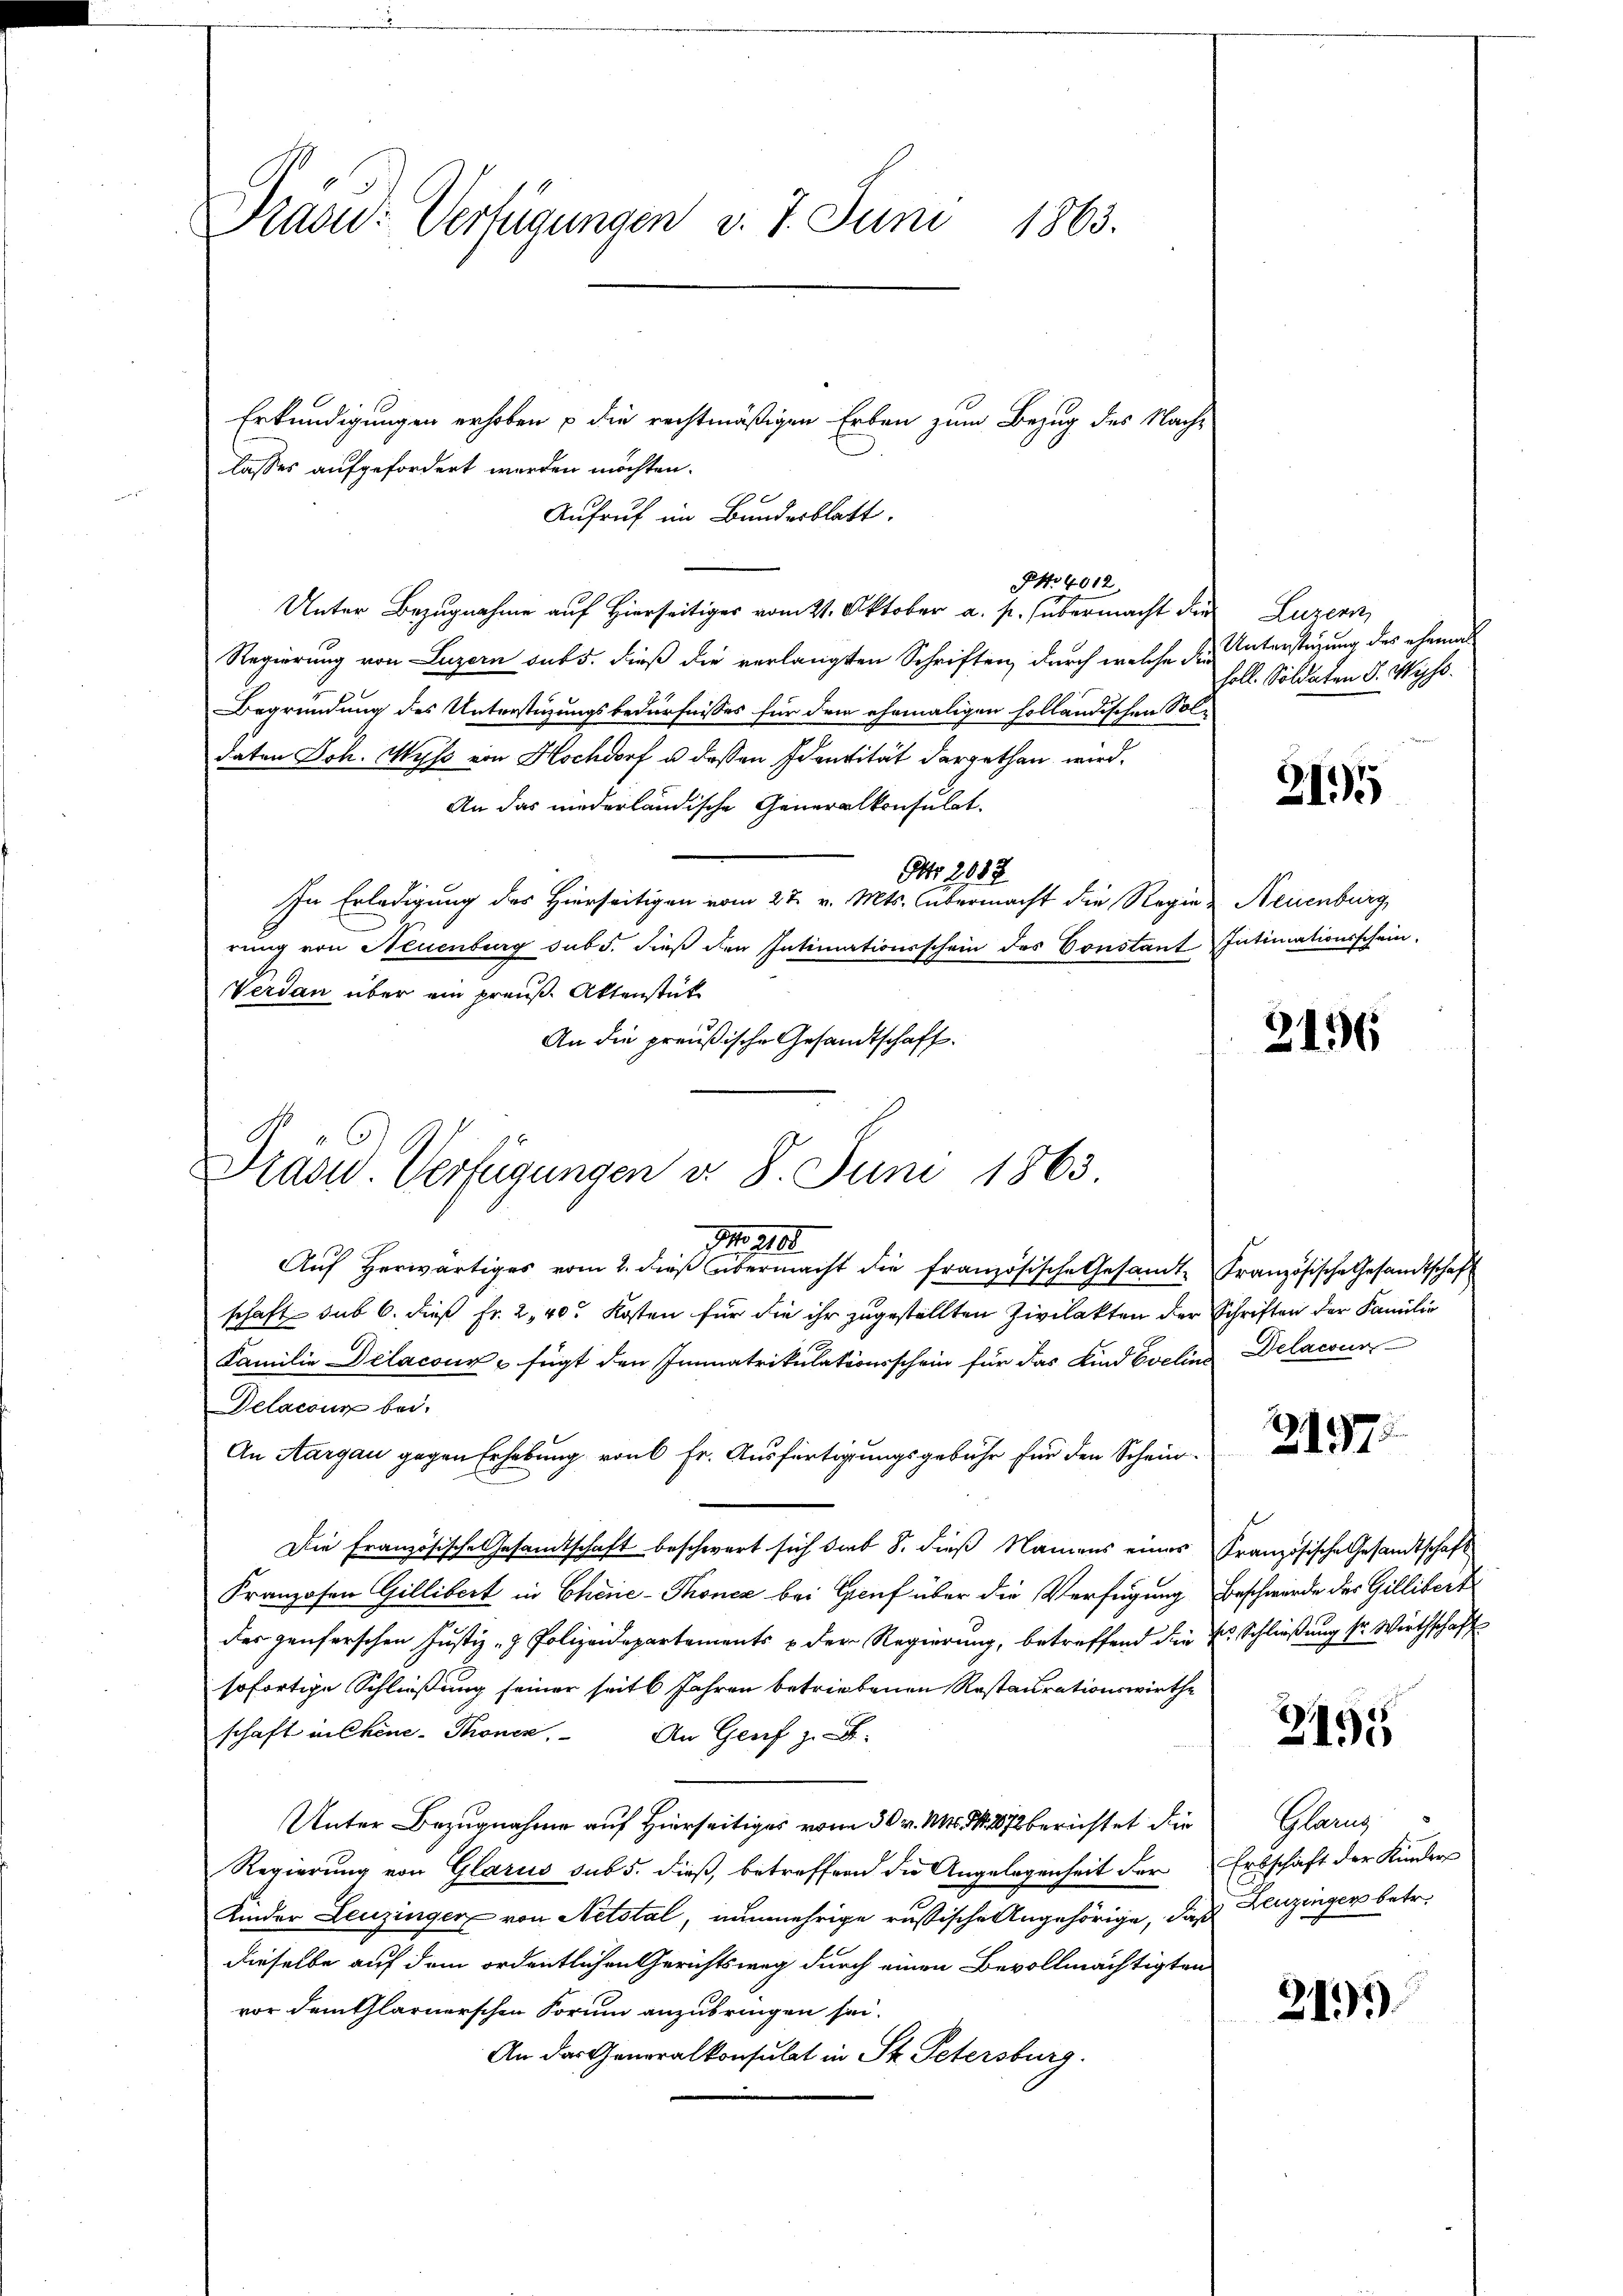
Praad: Verfügungen v. 7. Juni 1863.

Erkundigungen erhoben u die rechtmäßigen Erben zum Bezug des Nach-
lasses aufgefordert worden möchten.
1x
Aufruf im Bundesblatt.
Unter Bezugnahme auf Hierseitiges vom 21. Oktober a. p. übermacht die
Regierung von Luzern auf 5. dieß die verlangten Schriften, durch welche die Unterstüzung des ehemals
Begründung des Unterstüzungsbedürfnisses für dem ehemaligen holländischen Soldaten Joh. Wyss von Hochdorf u. dessen Identität dargethan wird.
An das niederländische Generalkonsulat.
Nr. 2088
In Erledigung des Hierseitigen vom 27. v. Mts. übermacht die Regie-
dung von Neuenburg sub 5. dieß den Intimationsschein des Constant Intimationsschein.
Verdan über ein preuß. Aktenstücke
An die preußische Gesandtschaft.
¬

ONo 4012

Dräsid. Verfügungen d. 8. Juni 1863.

N 220
Auf herwärtiges vom 2. dieß übermacht die französische Gesamte Französische Gesandtschaft
schaft sub 6. dieß Fr. 240. Kosten für die ihr zugestellten Zivilakten der Schriften der Familie
Familie Delacour & fügt den Immatrikulationsschein für das Kind Evelins Delacur
Delacoun bei.
An Aargau gegen Erhebung von 6 Fr. Ausfertigungsgebühr für den Schein¬
Die Französische Gesandtschaft beschwert sich dies 8. dieß Namens eines Französische Gesandtschaft
Franzosen Gillibert in Chine-Thoner bei Gruf über die Verfügung Beschwürde des Gillibert
der penferschen Justiz- & Polizeidepartements u der Regierung, betreffend die Dr. Schließung sr. Wirthschaft
sofortige Schließung seiner seit 6 Jahren betriebenen Restaurationswirthe
schaft in Chine-Thonen. An Genf z. B.
Unter Bezugnahme auf Hierseitiges vom 30. v. Ms. d. 272 berichtet die
Regierung von Glarus sub 5. dieß, betreffend die Angelegenheit der
Kinder Leuzinger von Netstal, nunmehrige russische Angehörige, daß Leuzinger betr.
dieselbe auf dem ordentlichen Gerichtsweg durch einen Bevollmächtigten
vor demtflarnerschen Sorum anzubringen sei.
An das Generalkonsulat in St. Petersburg.

Luzern,
holl. Soldaten S. Wyss.

21.5

Neuenburg

2156

Z.1275

3495

Glang
Erbschaft der Kinders

21)